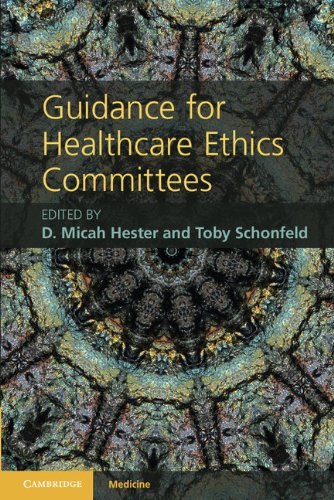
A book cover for Guidance for Healthcare Ethics Committees (Cambridge Medicine); Medical Books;